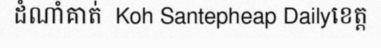
ដំណាំគាត់  Koh Santepheap Dailyខេត្ត